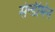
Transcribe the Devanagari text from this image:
सेन्डीमेन